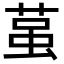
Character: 𮏲